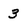
Character: 3